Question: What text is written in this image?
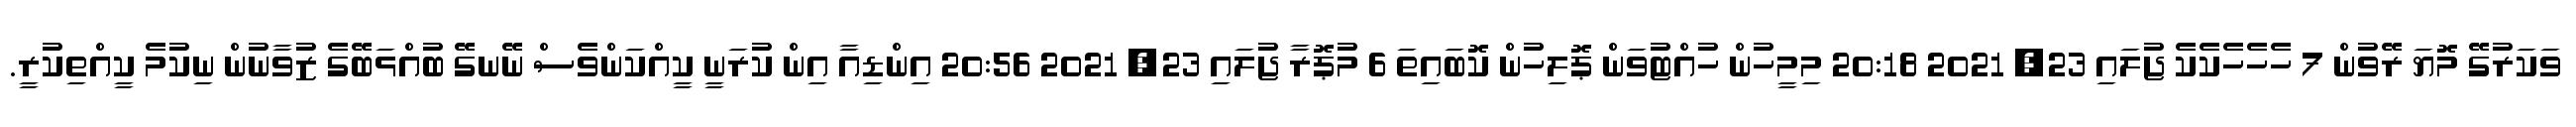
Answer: ވަކަރުގޭ މޮޔަ ރޭވުން 7 ހެހެހެކެކެ ޖުލައި 23, 2021 20:18 މިމީހުން ހުއްޓުވަން ޕޮލިހުން ކޮބައިތަ 6 މުޕޮރާ ޖުލައި 23, 2021 20:56 އިންޑިއާ އިން ކުރަނީ ކީއްކަންވެސް ނޭނގޭ ބުއްޅަބޭގެ ޒުވާނުން ނިކުމެ ކީއްތިކުރީ.